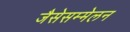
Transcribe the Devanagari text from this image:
जैसेसम्मेलन